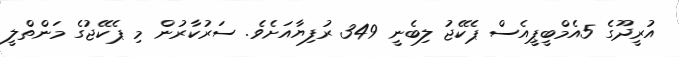
އުރީދޫގެ 5އެމްބީޕީއެސް ޕެކޭޖު ލިބެނީ 349 ރުފިޔާއަށެވެ. ސަރުކާރުން މި ޕެކޭޖުގެ މަންތްލީ